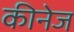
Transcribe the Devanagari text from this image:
कीनेज